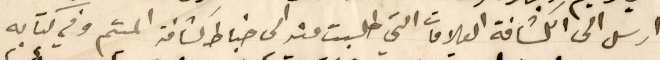
ارسل الى الكشافة العلامات التي طلبت منه الى ضباط كشافة الميتم وفي كتابه